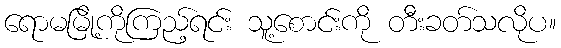
ရောမမြို့ကိုကြည့်ရင်း သူ့စောင်းကို တီးခတ်သလိုပ။